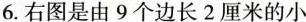
6.右图是由9个边长2厘米的小